Proceedings of the meeting of veterinary officers in India
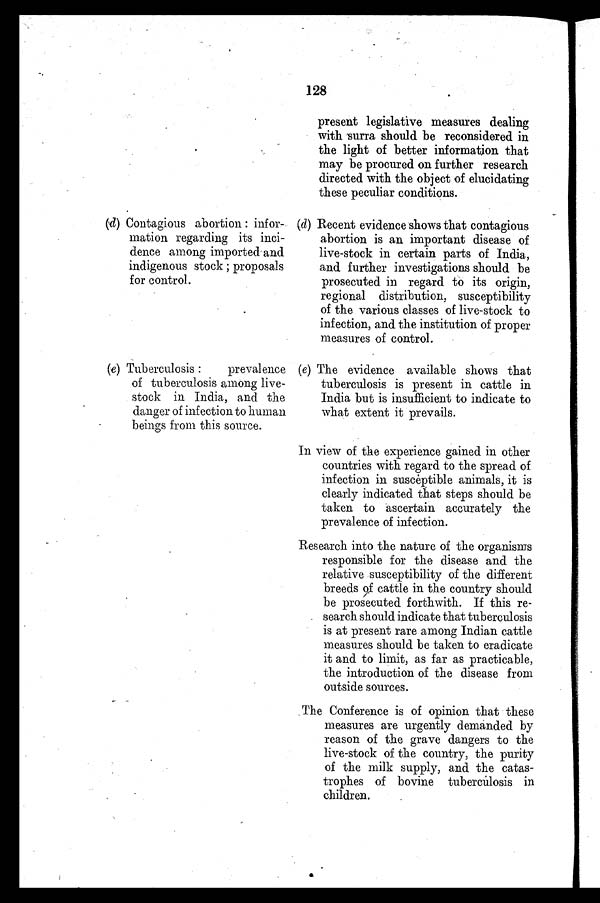
128
(d) Contagious abortion : infor-
mation regarding its inci-
dence among imported and
indigenous stock ; proposals
for control.
(e) Tuberculosis :
prevalence
of tuberculosis among live-
stock in India, and the
danger of infection to human
beings from this source.
present legislative measures dealing
with surra should be reconsidered in
the light of better information that
may be procured on further research
directed with the object of elucidating
these peculiar conditions.
(d) Recent evidence shows that contagious
abortion is an important disease of
live-stock in certain parts of India,
and further investigations should be
prosecuted in regard to its origin,
regional distribution, susceptibility
of the various classes of live-stock to
infection, and the institution of proper
measures of control.
(e) The evidence available shows that
tuberculosis is present in cattle in
India but is insufficient to indicate to
what extent it prevails.
In view of the experience gained in other
countries with regard to the spread of
infection in susceptible animals, it is
clearly indicated that steps should be
taken to ascertain accurately the
prevalence of infection.
Research into the nature of the organisms
responsible for the disease and the
relative susceptibility of the different
breeds of cattle in the country should
be prosecuted forthwith. If this re-
search should indicate that tuberculosis
is at present rare among Indian cattle
measures should be taken to eradicate
it and to limit, as far as practicable,
the introduction of the disease from
outside sources.
The Conference is of opinion that these
measures are urgently demanded by
reason of the grave dangers to the
live-stock of the country, the purity
of the milk supply, and the catas-
trophes of bovine tuberculosis in
children.